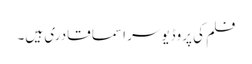
فلم کی پروڈیوسر اسما قادری ہیں۔